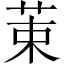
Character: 𫇿